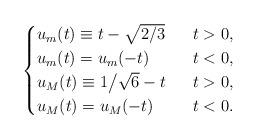
LaTeX: \begin{align*}\ \begin{cases}u_m(t)\equiv t-\sqrt{2/3}& \ \ t>0, \\u_m(t)= u_m(-t)&\ \ t<0,\\u_M(t)\equiv 1\big/\sqrt{6}-t& \ \ t>0, \\u_M(t)= u_M(-t)&\ \ t<0.\end{cases}\end{align*}